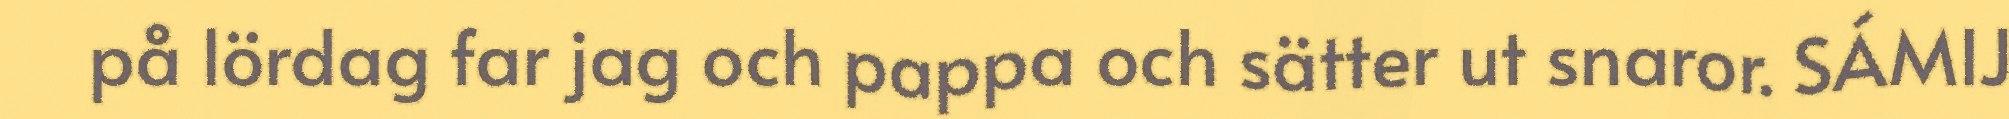
på lördag far jag och pappa och sätter ut snaror. SÁMIJ